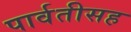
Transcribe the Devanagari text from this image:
पार्वतीसह